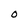
Character: O